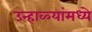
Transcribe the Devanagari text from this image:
उन्हाळ्यांमध्ये